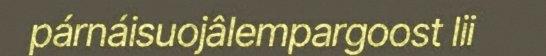
párnáisuojâlempargoost lii